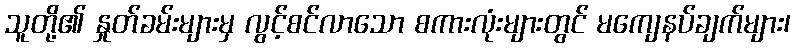
သူတို့၏ နှုတ်ခမ်းများမှ လွင့်စင်လာသော စကားလုံးများတွင် မကျေနပ်ချက်များ၊